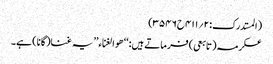
(المستدرک:۲؍۴۱۱ح۳۵۴۶)
عکرمہ(تابعی) فرماتے ہیں:‘‘ ھو الغناء’’ یہ غنا(گانا) ہے۔